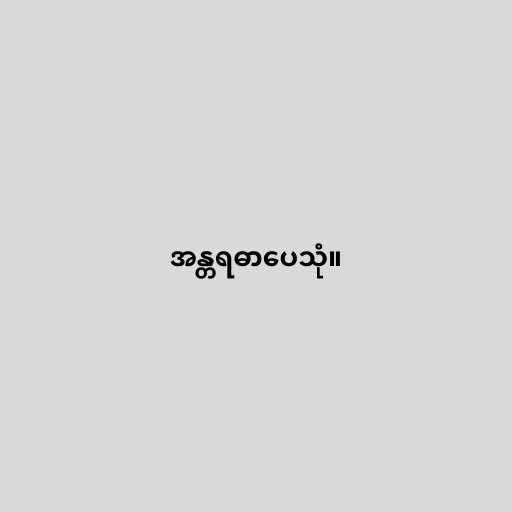
အန္တရဓာပေသုံ။